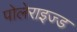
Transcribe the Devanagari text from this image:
पोलेराइज्ड